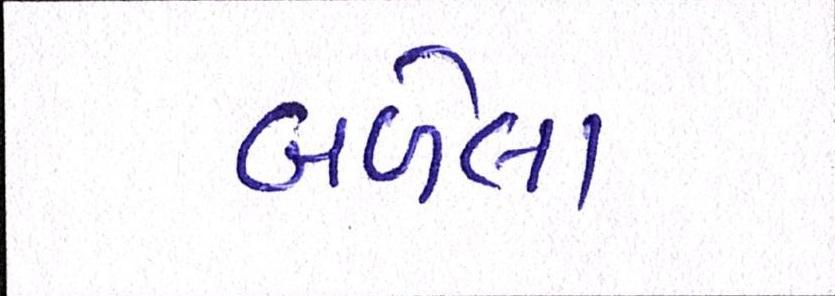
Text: બળેલા